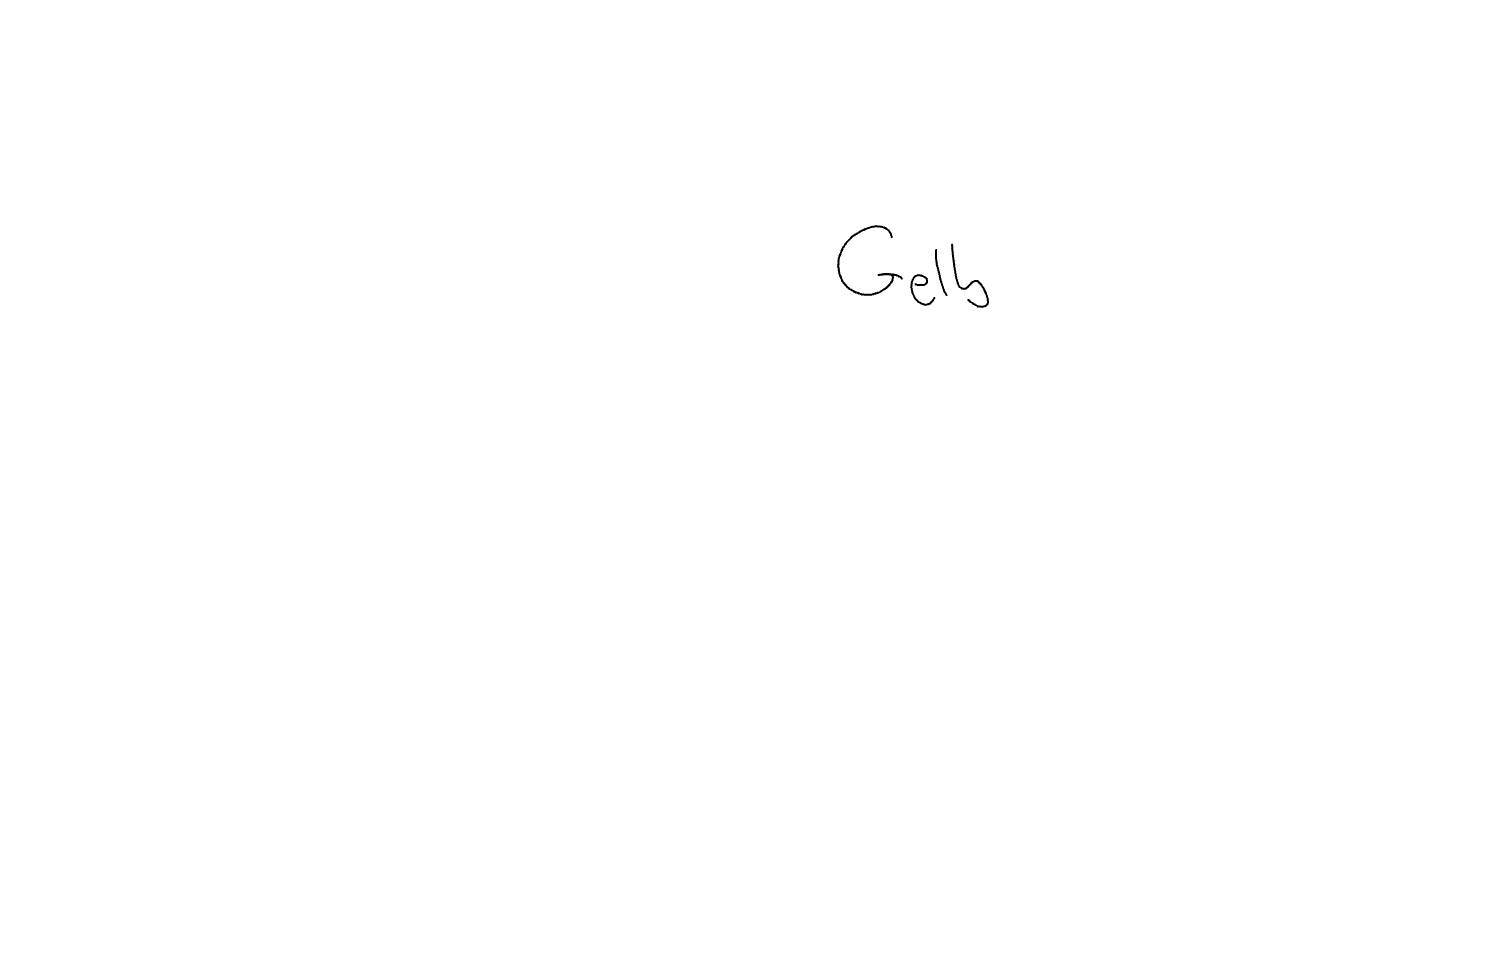
Text: Gelb